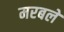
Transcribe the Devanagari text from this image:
मरबले